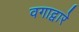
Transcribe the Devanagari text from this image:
वगाद्वारे